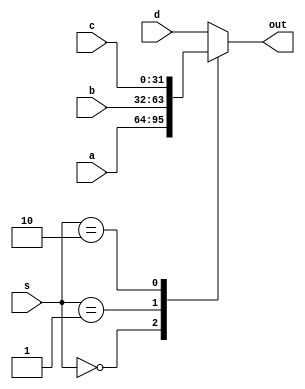
`timescale 1ns / 1ps
//////////////////////////////////////////////////////////////////////////////////
// Company: 
// Engineer: 
// 
// Design Name: 
// Module Name: fourNMux
// Project Name: 
// Target Devices: 
// Tool Versions: 
// Description: Basic 4-way mux for N-bit input
// 
// Dependencies: 
// 
// Revision:
// Revision 0.01 - File Created
// Additional Comments:
// 
//////////////////////////////////////////////////////////////////////////////////


module fourNMux #(parameter N=32)(
    input [N-1:0] a, b, c, d,
    input [1:0] s,
    output reg [N-1:0] out
    );
    always @(*) begin
        case (s)
            2'b00: out = a;
            2'b01: out = b;
            2'b10: out = c;
            default: out = d;
        endcase
    end
endmodule